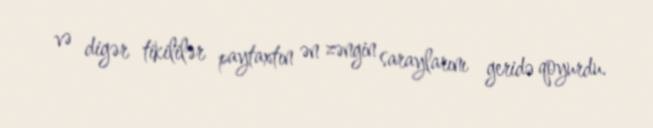
və digər tikililər paytaxtın ən zəngin saraylarını geridə qoyurdu.